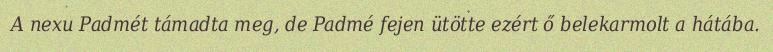
A nexu Padmét támadta meg, de Padmé fejen ütötte ezért ő belekarmolt a hátába.